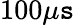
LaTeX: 100\mu\mathtt{s}